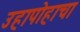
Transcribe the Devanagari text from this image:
उहापोहाचा